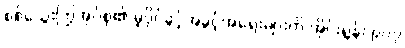
စစ်သွေးကြွအုပ်စု၏ မူပိုင်ခွင့်အခွင့်အရေးများကို အိုင်းရွန်း ၉၀၇